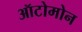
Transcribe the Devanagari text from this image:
ऑटोमोन